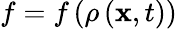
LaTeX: f=f\left(\rho\left(\mathbf{x},t\right)\right)